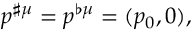
p ^ { \sharp \mu } = p ^ { \flat \mu } = ( p _ { 0 } , 0 ) ,